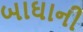
બાઘાની